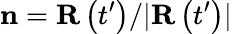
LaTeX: \mathbf{n}=\mathbf{R}\left(t^{\prime}\right)/\vert\mathbf{R}\left(t^{\prime}\right)\vert